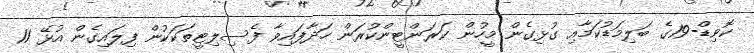
ކޮވިޑް-19ގެ ބަލިމަޑުކަމާއި ގުޅިގެން މީހުން ކަރަންޓީންކުރަން ހަދާފައިވާ ފެސިލިޓީތަކަކުން ފިލައިގެން އުޅޭ 11